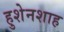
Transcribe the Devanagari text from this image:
हुशेनशाह